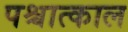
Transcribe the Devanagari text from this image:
पश्चात्काल